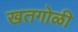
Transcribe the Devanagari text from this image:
खतगोळी